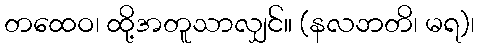
တထေဝ၊ ထို့အတူသာလျှင်။ (နလဘတိ၊ မရ)၊